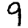
Digit: 9